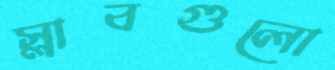
স্লাবগুলো